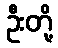
ဦးတို့